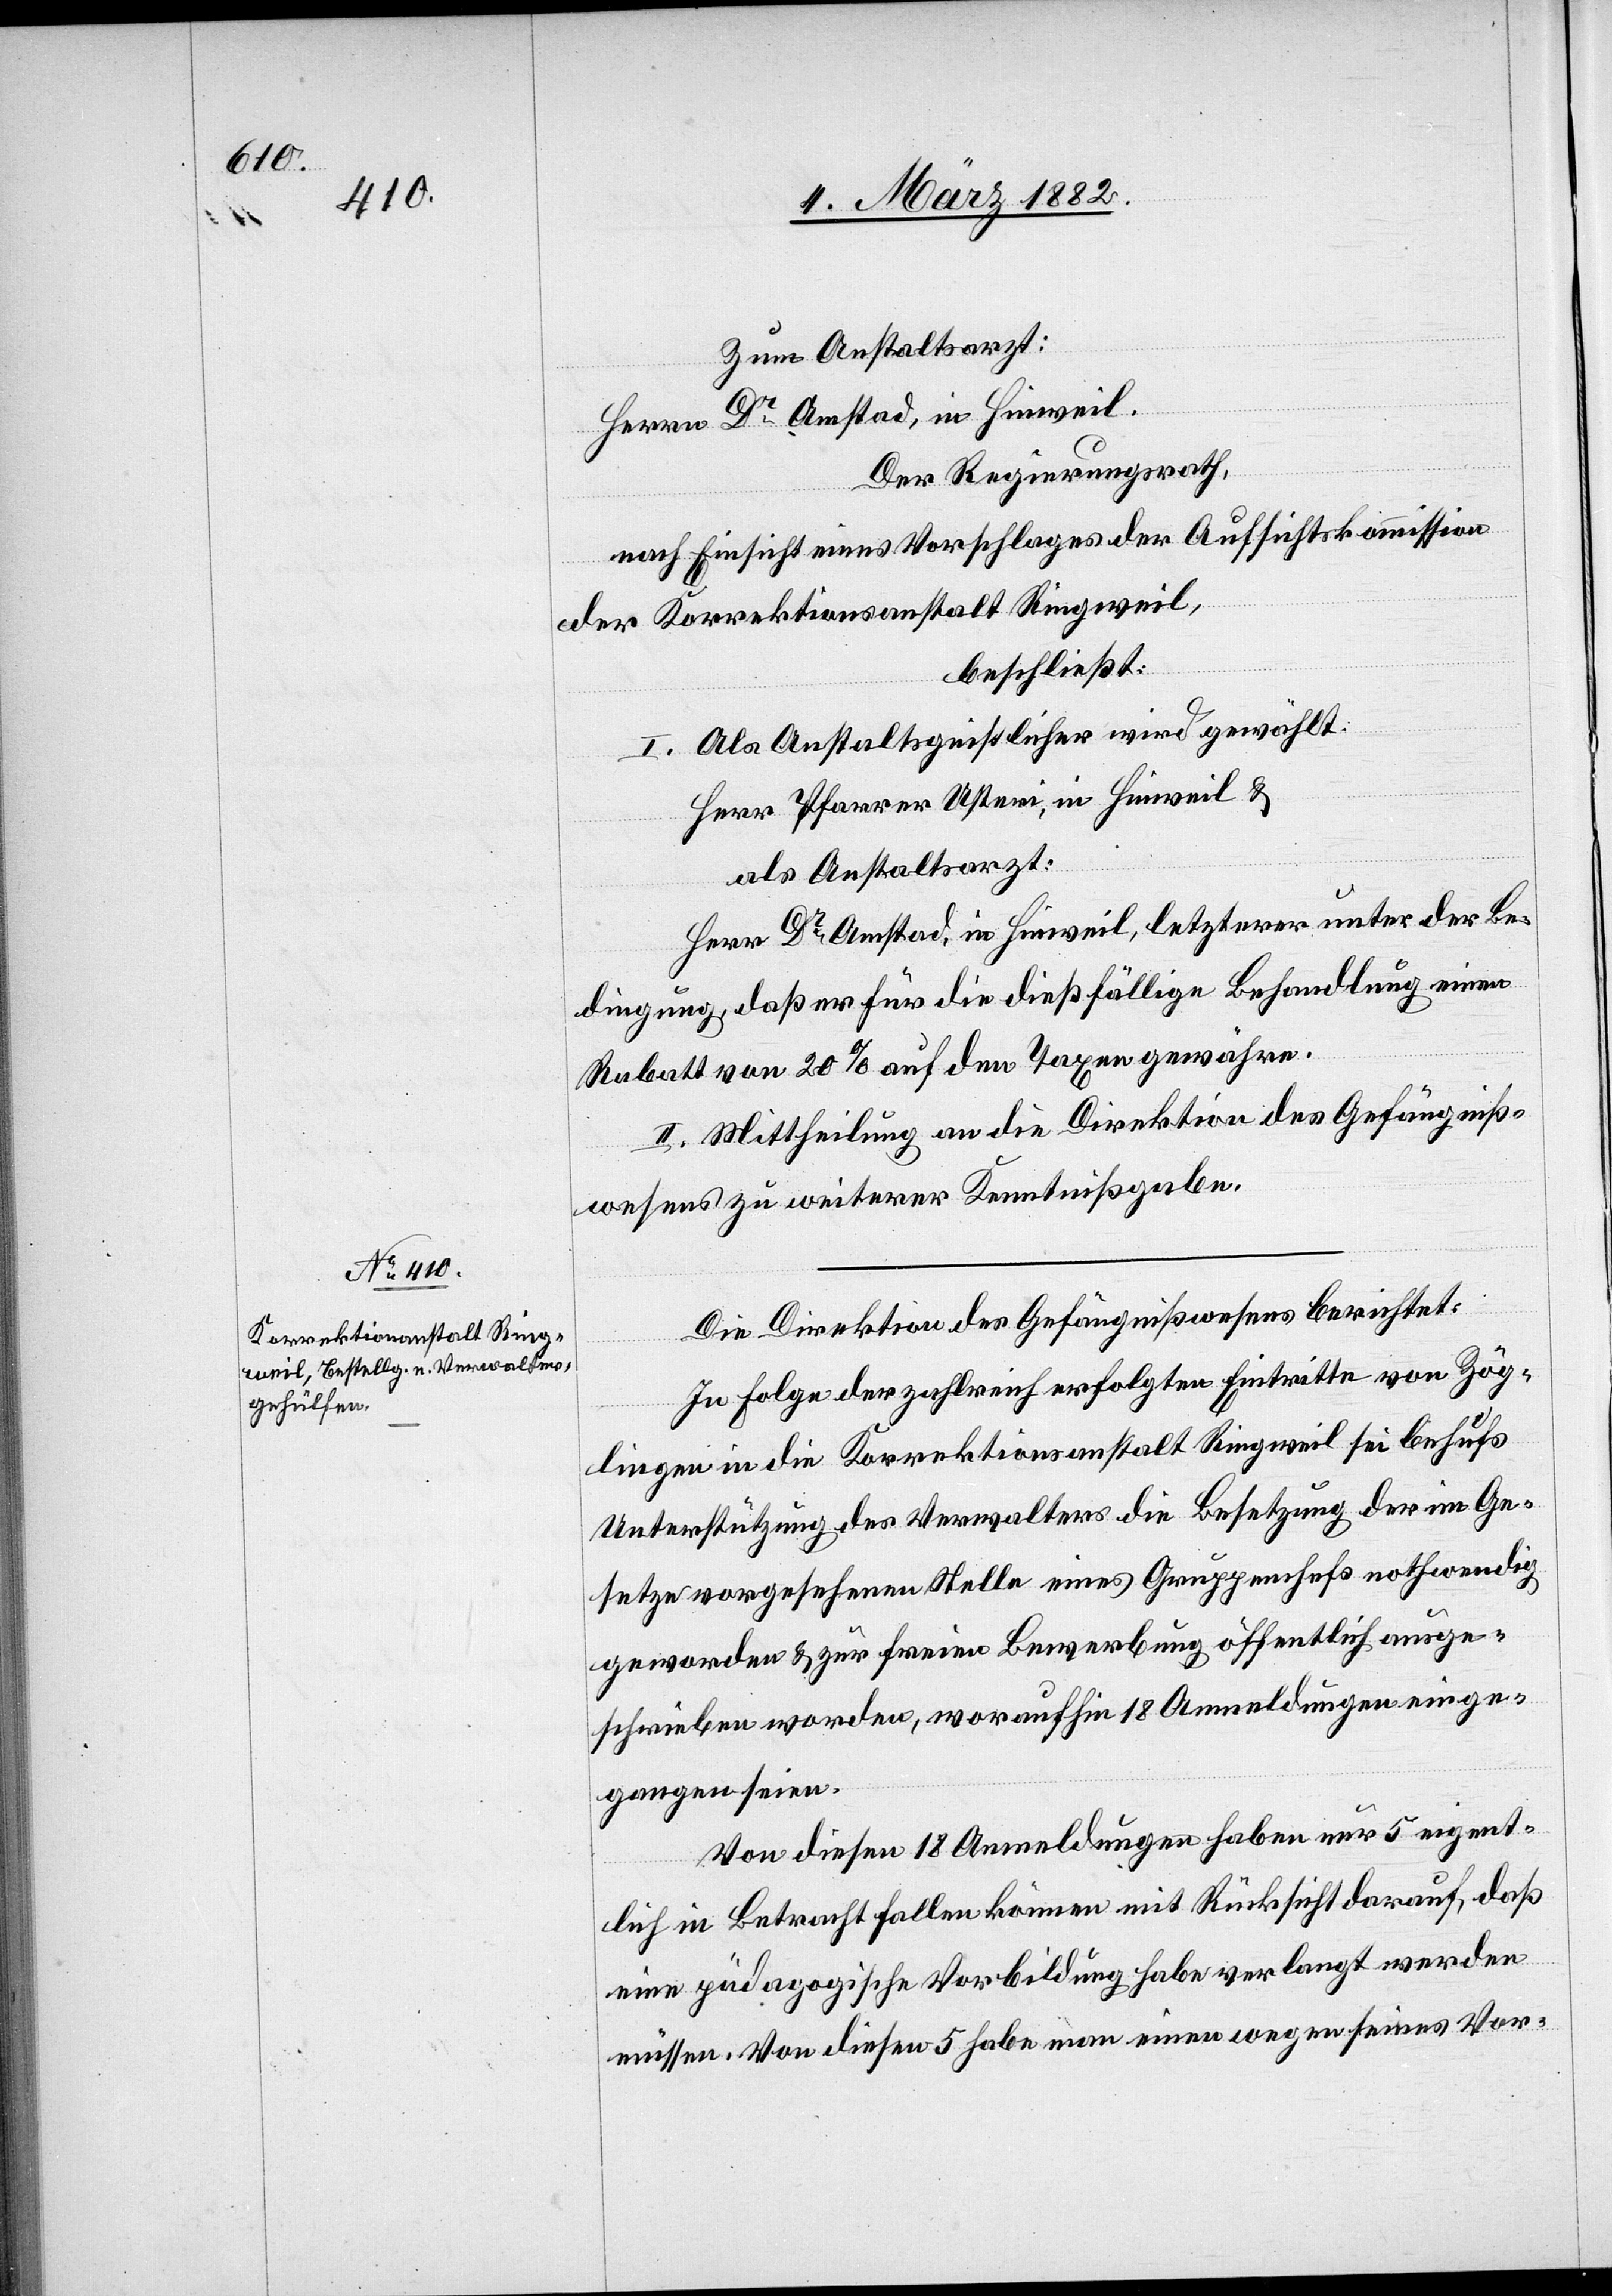
Zum Anstaltsarzt:
Herren Dr Amstad, in Hinweil.
Der Regierungsrath,
nach Einsicht eines Vorschlages der Aufsichtskommission
der Korrektionsanstalt Ringweil,
beschließt:
I. Als Anstaltsgeistlicher wird gewählt:
Herr Pfarrer Usteri, in Hinweil &
als Anstaltsarzt:
Herr Dr Amstadt, in Hinweil, letzterer unter der Be¬
dingung, daß er für die dießfällige Behandlung einen
Rabatt von 20% auf den Taxen gewähre.
II. Mittheilung an die Direktion des Gefängniß¬
wesens zu weiterer Kenntnißgabe.
Die Direktion des Gefängnißwesens berichtet:
In Folge der zahlreich erfolgten Eintritte von Zög¬
lingen in die Korrektionsanstalt Ringweil sei behufs
Unterstützung des Verwalters die Besetzung der im Ge¬
setze vorgesehenen Stelle eines Gruppenchefs nothwendig
geworden & zur freien Bewerbung öffentlich ausge¬
schrieben worden, woraufhin 18 Anmeldungen einge¬
gangen seien.
Von diesen 18 Anmeldungen haben nur 5 eigent¬
lich in Betracht fallen können mit Rücksicht darauf, daß
eine pädagogische Vorbildung habe verlangt werden
müssen. Von diesen 5 habe man einen wegen seinen Vor-